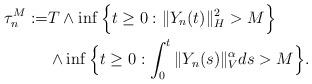
LaTeX: \begin{align*}\tau_{n}^M := & T \wedge \inf\Big\{t\geq 0: \Vert Y_n(t)\Vert_H^2 > M \Big\} \\ & \wedge \inf\Big\{t\geq 0: \int_0^t\Vert Y_n(s)\Vert_{V}^{\alpha}ds >M\Big\}.\end{align*}